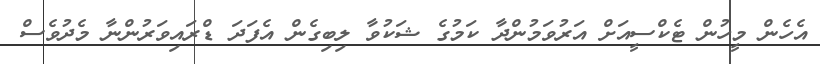
އެހެން މީހުން ޓެކްސީއަށް އަރުވަމުންދާ ކަމުގެ ޝަކުވާ ލިބިގެން އެފަދަ ޑްރައިވަރުންނާ މެދުވެސް